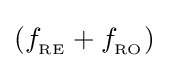
(f_{_{\text{RE}}}+f_{_{\text{RO}}})